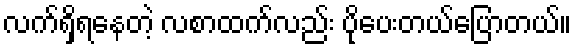
လက်ရှိရနေတဲ့ လစာထက်လည်း ပိုပေးတယ်ပြောတယ်။